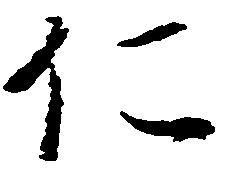
仁